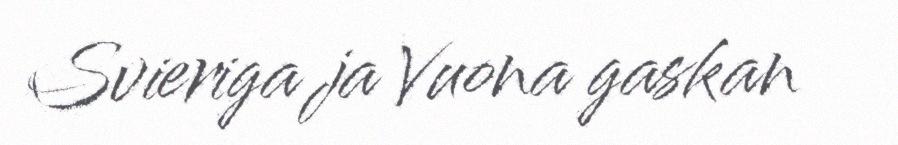
Svieriga ja Vuona gaskan